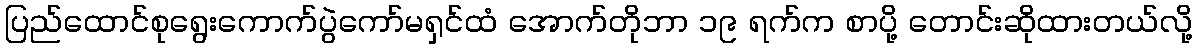
ပြည်ထောင်စုရွေးကောက်ပွဲကော်မရှင်ထံ အောက်တိုဘာ ၁၉ ရက်က စာပို့ တောင်းဆိုထားတယ်လို့